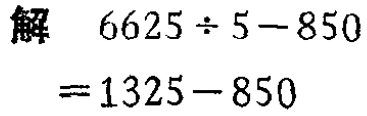
解 \(6625\div5 - 850\)

\(= 1325 - 850\)